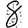
Digit: 8